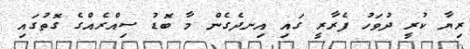
ރިޔާ ކުރީ ދުވަހު ފެރާރީ ގައި އިނދެގެން މާ ބޮޑު ސިއްރެއްގެ ގޮތުގައި